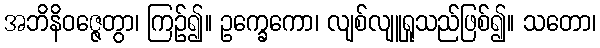
အဘိနိဝဇ္ဇေတွာ၊ ကြဉ်၍။ ဥက္ခေကော၊ လျစ်လျူရှုသည်ဖြစ်၍။ သတော၊